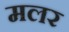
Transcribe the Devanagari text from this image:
मलर